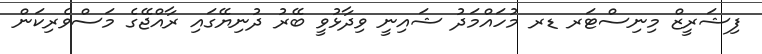
ފިޝަރީޒް މިނިސްޓަރ ޑރ މުހައްމަދު ޝައިނީ ވިދާޅުވީ ބޭރު ދުނިޔޭގައި ރާއްޖޭގެ މަސްވެރިކަން